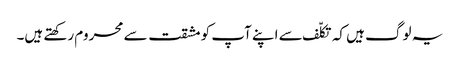
یہ لوگ ہیں کہ تکلّف سے اپنے آپ کو مشقت سے محروم رکھتے ہیں۔